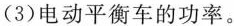
(3) 电动平衡车的功率。